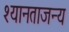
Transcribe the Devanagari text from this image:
श्यानताजन्य